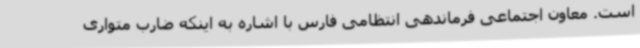
است. معاون اجتماعی فرماندهی انتظامی فارس با اشاره به اینکه ضارب متواری